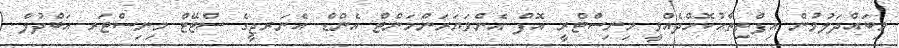
މިބައްދަލުވުން އިފްތިތާޙުކޮށްދެއްވީ މިނިސްޓްރީ އޮފް އެންވަޔަރަންމަންޓް އެންޑް އެނަރޖީގެ ސްޓޭޓް މިނިސްޓަރ އަބްދުލް